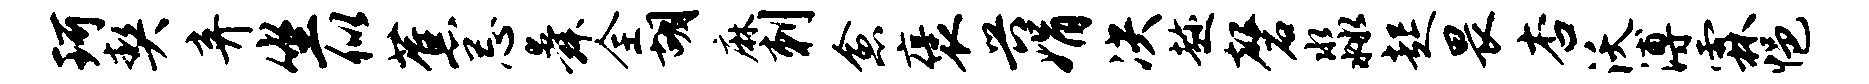
珂契弃坐似蕉忌舜全胡麻刺愈褒兴娟决趁磬淼起畏杏沃溥霖悒